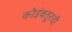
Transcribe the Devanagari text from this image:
कोइंबतूरची